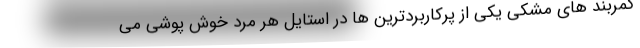
کمربند های مشکی یکی از پرکاربردترین ها در استایل هر مرد خوش پوشی می